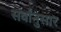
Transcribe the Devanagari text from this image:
सर्वांनुसार